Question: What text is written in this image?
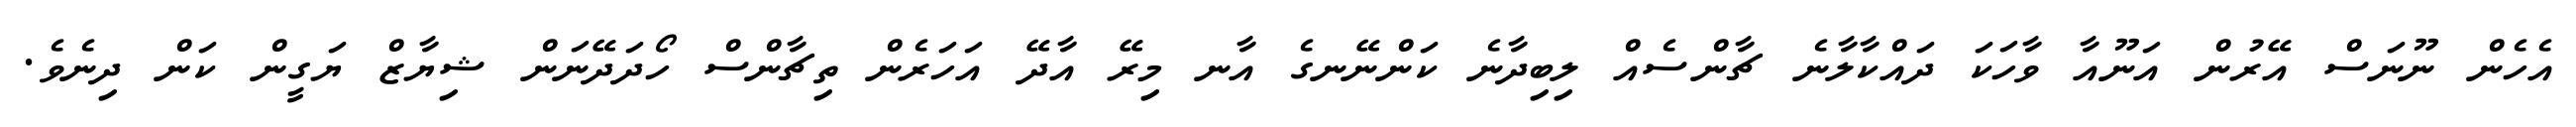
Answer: އެހެން ނޫނަސް އޭރުން އަނޫއާ ވާހަކަ ދައްކާލާނެ ޗާންސެއް ލިބިދާނެ ކަންނޭނގެ އާނ މިރޭ އާދޭ އަހަރެން ތިޗާންސް ހޯދަދޭނަން ޝިޔާޒް ޔަގީން ކަން ދިނެވެ.